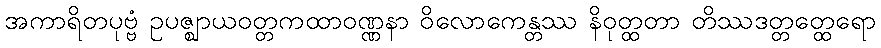
အကာရိတပုဗ္ဗံ ဥပဇ္ဈာယဝတ္တကထာဝဏ္ဏနာ ဝိလောကေန္တဿ နိဝုတ္ထတာ တိဿဒတ္တတ္ထေရော